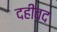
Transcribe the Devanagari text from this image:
दहीवद